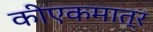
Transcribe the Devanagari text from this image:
कीएकमात्र